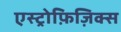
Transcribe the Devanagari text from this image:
एस्ट्रोफ़िज़िक्स